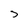
Character: 3